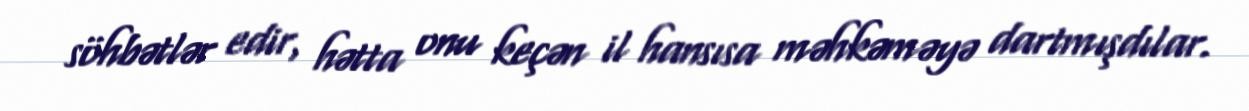
söhbətlər edir, hətta onu keçən il hansısa məhkəməyə dartmışdılar.